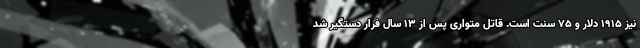
نیز ۱۹۱۵ دلار و ۷۵ سنت است. قاتل متواری پس از ۱۳ سال فرار دستگیر شد